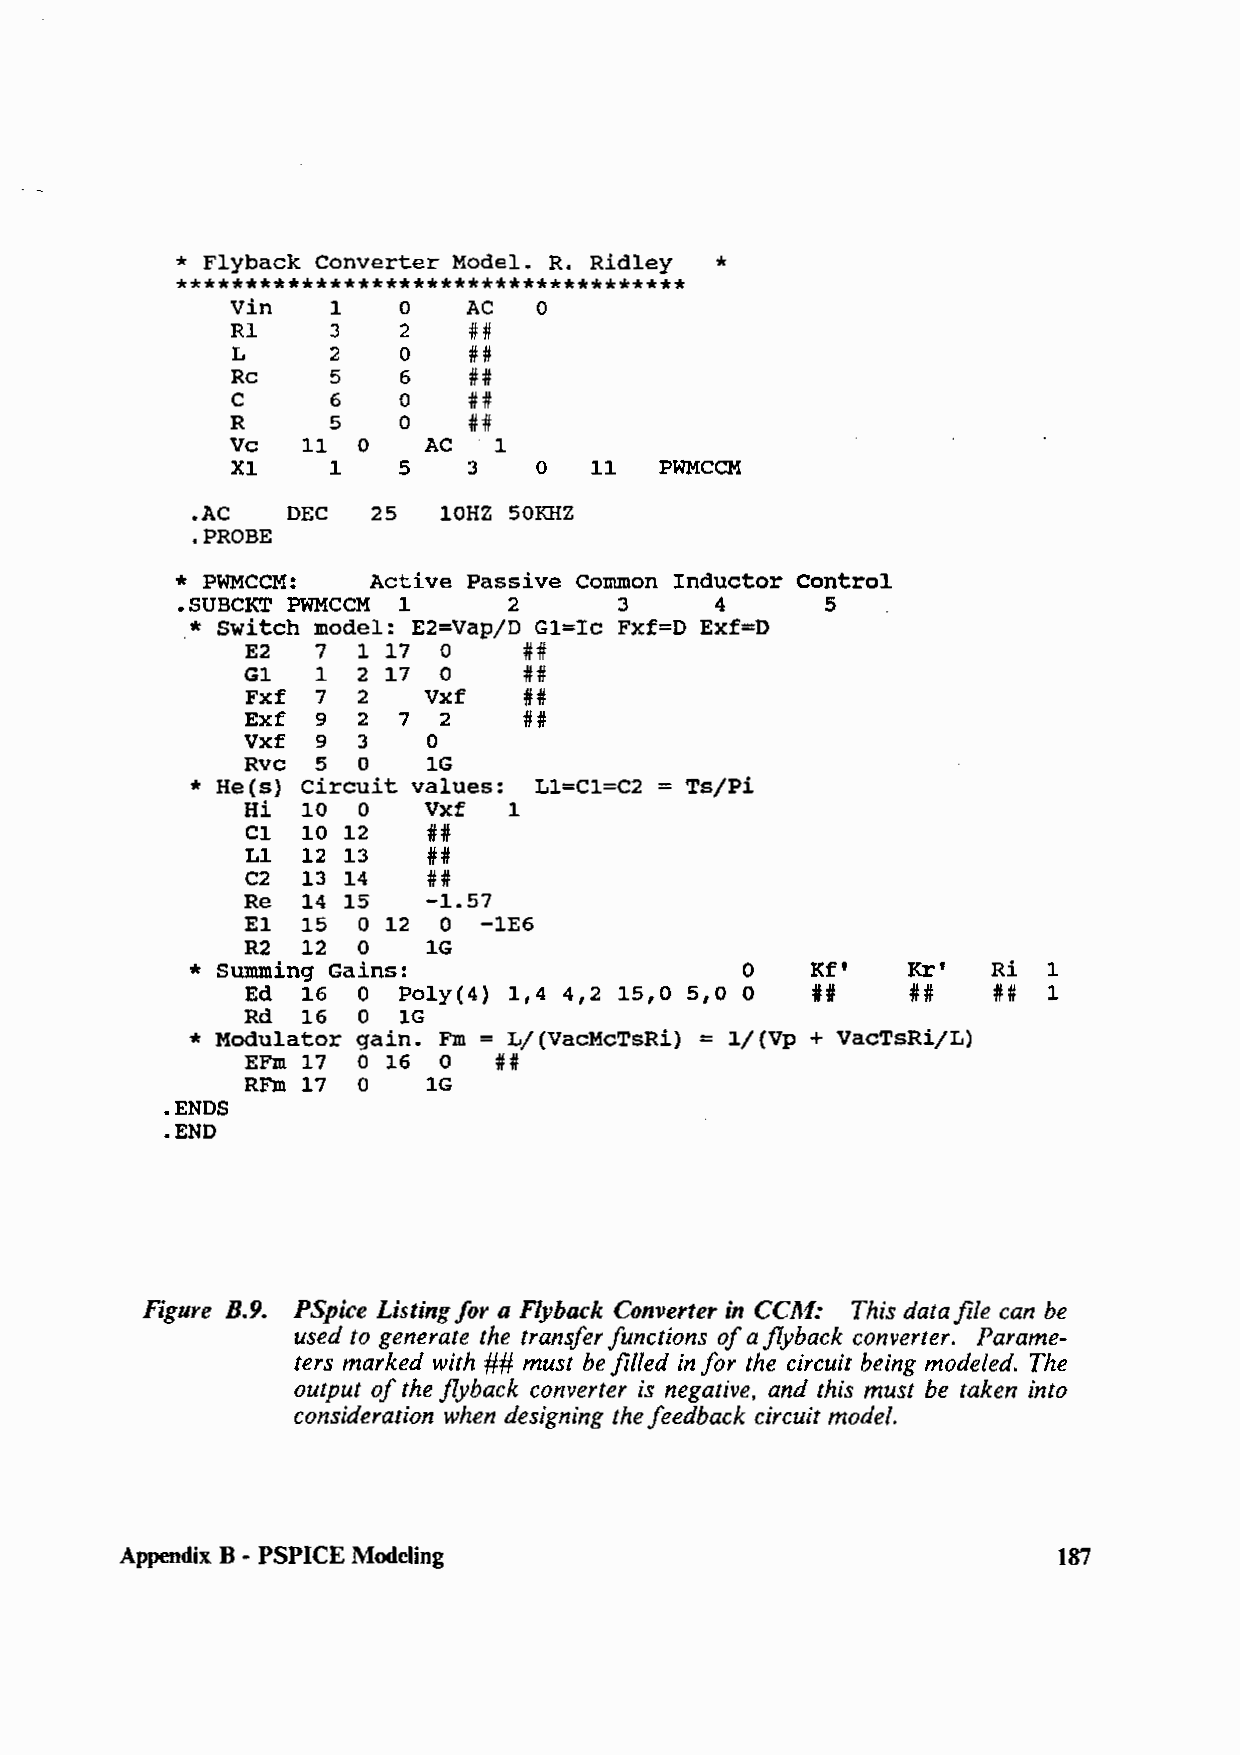
* Flyback Converter Model. R. Ridley *
 *************************************
 Vin    1   0    AC   0
 Rl     3   2    ##
 L      2   0    ##
 Re     5   6    ##
 C      6   0    ##
 R      5   0    ##
 Ve   11  0   AC   1
 Xl     1   5    3   0   11   PWMCCM
 .AC   DEC   25  lOHZ 50KHZ
 .PROBE
 * PWMCCM:    Active Passive Common Inductor Control
 .SUBCKT PWMCCM 1      2      3     4       5
 * switch model: E2=Vap/D Gl=Ic Fxf=D Exf=D
 E2   7  1 17 0     ##
 Gl   1  2 17 0     ##
 Fxf  7  2   Vxf    ##
 Exf  9  2 7  2     ##
 Vxf  9  3   0
 Rvc  5  o   lG
 * He(s) Circuit values: Ll=Cl=C2 = Ts/Pi
 Hi  10  0   Vxf   1
 Cl  10 12   ##
 Ll  12 13   ##
 C2  13 14   ##
 Re  14 15   -1.57
 El  15  0 12 0  -1E6
 R2  12  0   lG
 * Summing Gains:                    o    Kf'   Kr'   Ri 1
 Ed  16  0 Poly(4) 1,4 4,2 15,0 5,0 0  ##    ##    ## 1
 Rd  16  0 lG
 * Modulator gain. Fm= L/(VacMcTsRi) = 1/(Vp + VacTsRi/L)
 EFm 17  0 16 O   ##
 RFm 17  0   lG
 .ENDS
 .END
 Figure B.9. PSpice Listing for a Flyback Converter in CCAf: This data file can be
 used to generate the transfer functions of a flyback converter. Parame-
 ters marked with ## must be filled in for the circuit being modeled. The
 output of the flyback converter is negative, and this must be taken into
 consideration when designing the feedback circuit model.
 Appendix B - PSPICE Modeling                                  187